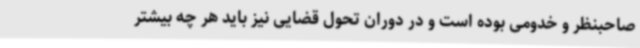
صاحبنظر و خدومی بوده است و در دوران تحول قضایی نیز باید هر چه بیشتر